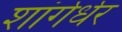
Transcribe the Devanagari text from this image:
शांर्गर्धर